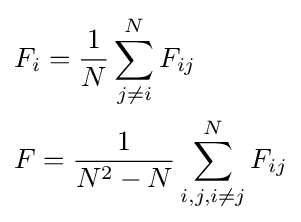
{\begin{aligned}&F_{i}={\frac {1}{N}}\sum \limits _{j\neq i}^{N}F_{ij}\\&F={\frac {1}{N^{2}-N}}\sum \limits _{i,j,i\neq j}^{N}F_{ij}\end{aligned}}